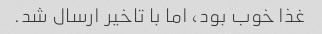
غذا خوب بود، اما با تاخیر ارسال شد.